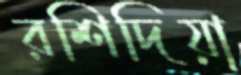
রশিদিয়া